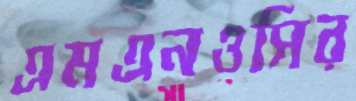
এমএনওসির